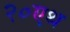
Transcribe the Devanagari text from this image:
२०एथ